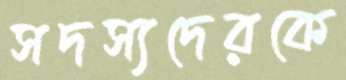
সদস্যদেরকে